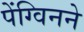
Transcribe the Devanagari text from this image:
पेंग्विनने